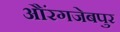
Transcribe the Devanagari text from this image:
औंरगजेबपुर